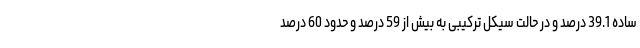
ساده 39.1 درصد و در حالت سیکل ترکیبی به بيش از 59 درصد و حدود 60 درصد